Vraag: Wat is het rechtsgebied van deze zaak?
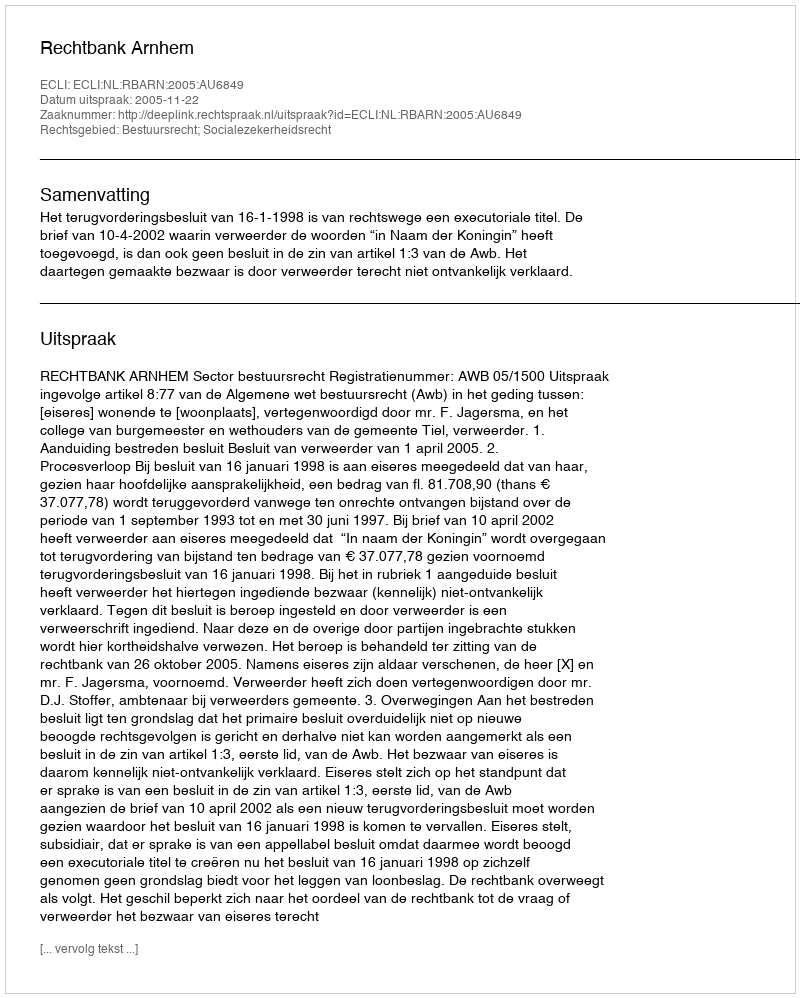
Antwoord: Bestuursrecht; Socialezekerheidsrecht